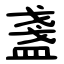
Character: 盞